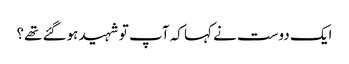
ایک دوست نے کہا کہ آپ تو شہید ہوگئے تھے؟